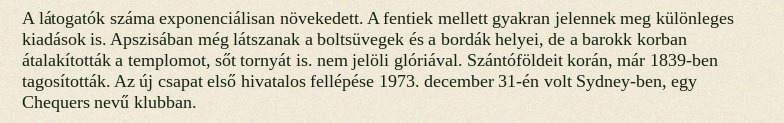
A látogatók száma exponenciálisan növekedett. A fentiek mellett gyakran jelennek meg különleges kiadások is. Apszisában még látszanak a boltsüvegek és a bordák helyei, de a barokk korban átalakították a templomot, sőt tornyát is. nem jelöli glóriával. Szántóföldeit korán, már 1839-ben tagosították. Az új csapat első hivatalos fellépése 1973. december 31-én volt Sydney-ben, egy Chequers nevű klubban.